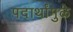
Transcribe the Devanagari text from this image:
पदार्थांमुळे